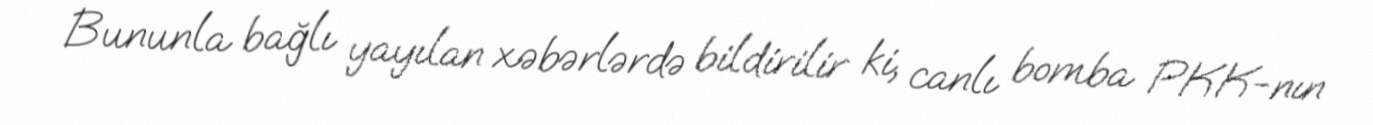
Bununla bağlı yayılan xəbərlərdə bildirilir ki, canlı bomba PKK-nın